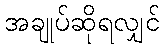
အချုပ်ဆိုရလျှင်